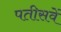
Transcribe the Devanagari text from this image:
पतीसवें